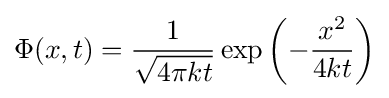
\Phi (x,t)={\frac {1}{\sqrt {4\pi kt}}}\exp \left(-{\frac {x^{2}}{4kt}}\right)